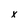
Character: x